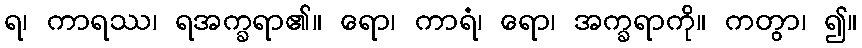
ရ၊ ကာရဿ၊ ရအက္ခရာ၏။ ရော၊ ကာရံ၊ ရော၊ အက္ခရာကို။ ကတွာ၊ ၍။